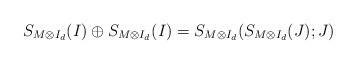
LaTeX: \begin{align*} S_{M\otimes I_d}(I)\oplus S_{M\otimes I_d}(I)=S_{M\otimes I_d}(S_{M\otimes I_d}(J);J)\end{align*}